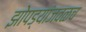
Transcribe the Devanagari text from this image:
झोपड्यांजवळच